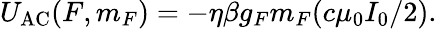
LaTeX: U_{\mathrm{{AC}}}(F,m_{F})=-\eta\beta g_{F}m_{F}(c\mu_{0}I_{0}/2).